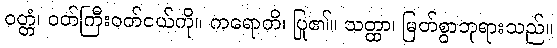
ဝတ္တံ၊ ဝတ်ကြီးဝတ်ငယ်ကို။ ကရောတိ၊ ပြု၏။ သတ္ထာ၊ မြတ်စွာဘုရားသည်။